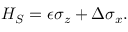
H _ { S } = \epsilon \sigma _ { z } + \Delta \sigma _ { x } .